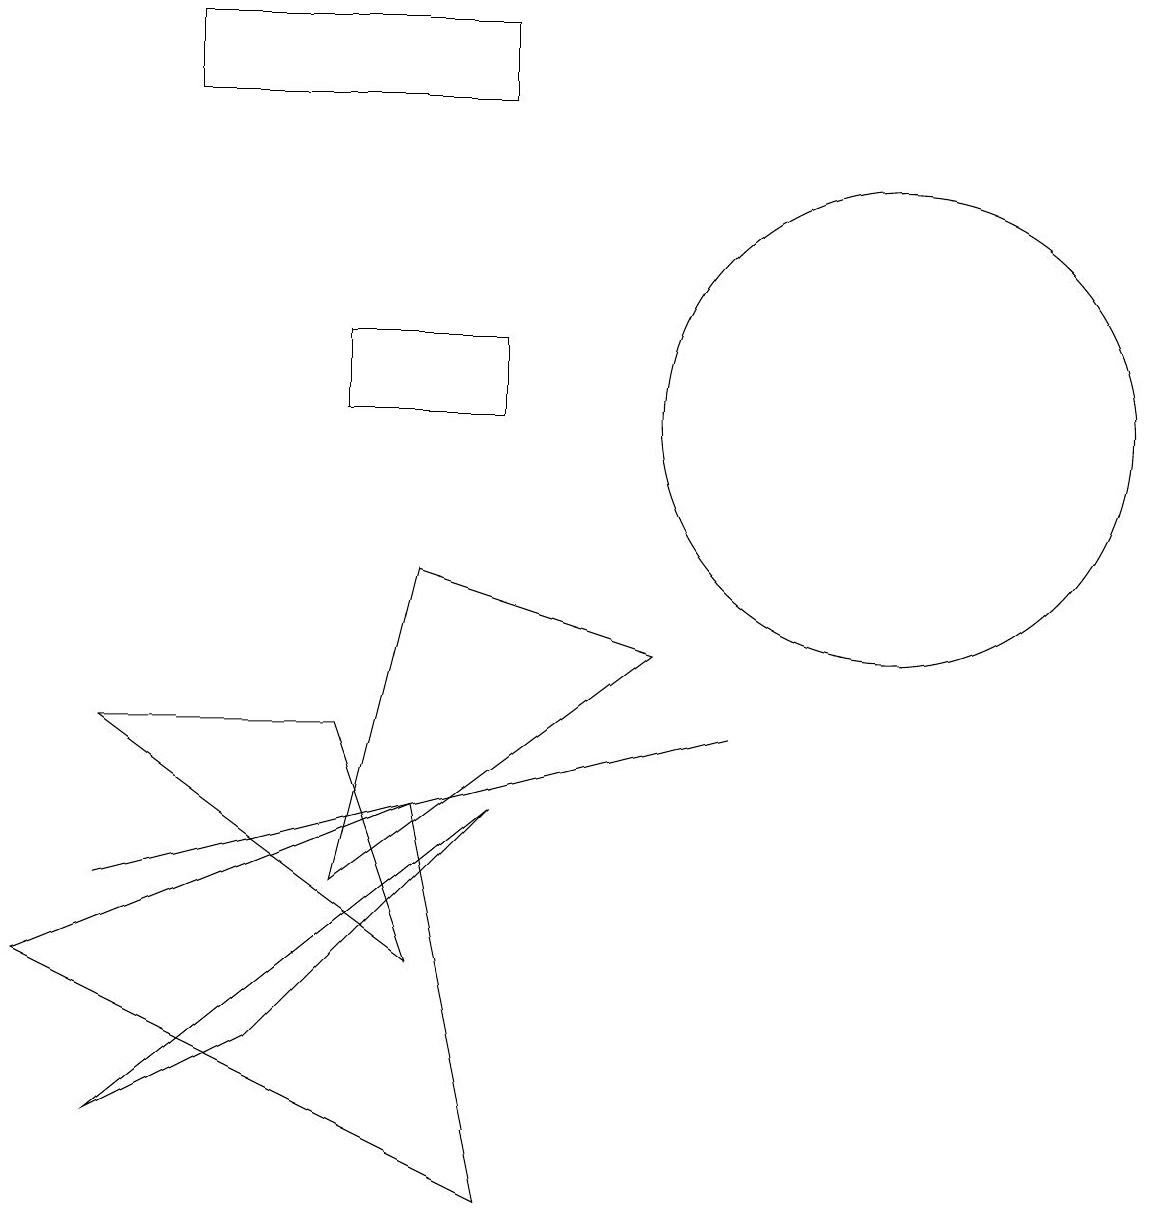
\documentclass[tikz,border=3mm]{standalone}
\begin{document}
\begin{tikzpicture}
\draw (6,1) -- (0,4) -- (5,6) -- cycle;
\draw (2,15) rectangle (6,16);
\draw (11,11) circle (3);
\draw (5,9) -- (4,5) -- (8,8) -- cycle;
\draw (5,4) -- (4,7) -- (1,7) -- cycle;
\draw (9,7) -- (5,6) -- (1,5) -- cycle;
\draw (4,12) rectangle (6,11);
\draw (6,6) -- (3,3) -- (1,2) -- cycle;
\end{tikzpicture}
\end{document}